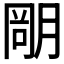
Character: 𣎁